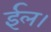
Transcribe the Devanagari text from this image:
ईल।